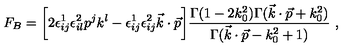
F _ { B } = \bigg [ 2 \epsilon _ { i j } ^ { 1 } \epsilon _ { i l } ^ { 2 } p ^ { j } k ^ { l } - \epsilon _ { i j } ^ { 1 } \epsilon _ { i j } ^ { 2 } \vec { k } \cdot \vec { p } \bigg ] { \frac { \Gamma ( 1 - 2 k _ { 0 } ^ { 2 } ) \Gamma ( \vec { k } \cdot \vec { p } + k _ { 0 } ^ { 2 } ) } { \Gamma ( \vec { k } \cdot \vec { p } - k _ { 0 } ^ { 2 } + 1 ) } } \ ,